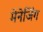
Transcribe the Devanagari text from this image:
मेनेजिंग